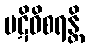
ပဋိဝိစရန္တိ